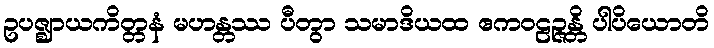
ဥပဇ္ဈာယကိတ္တနံ မဟန္တဿ ပီတွာ သမာဒိယထ ဧကဝဠဉ္ဇန္တိ ပါပိယောတိ